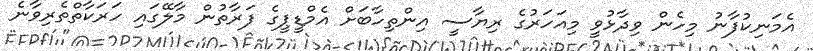
އެމަނިކުފާނު މިހެން ވިދާޅުވީ މިއަހަރުގެ ރިޔާސީ އިންތިހާބަށް އެމްޑީޕީގެ ފަރާތުން މާލޭގައި ހަރަކާތްތެރިވާނެ